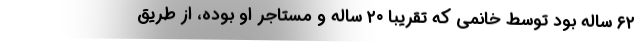
۶۲ ساله بود توسط خانمی که تقریبا ۲۰ ساله و مستاجر او بوده، از طریق